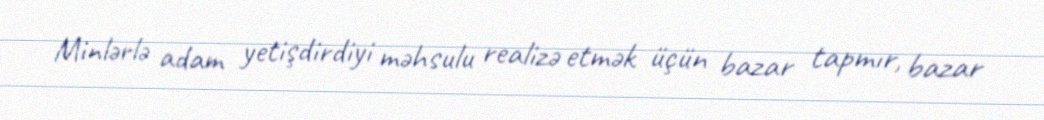
Minlərlə adam yetişdirdiyi məhsulu realizə etmək üçün bazar tapmır, bazar